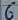
Text: 6